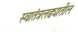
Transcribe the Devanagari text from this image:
स्वातंत्रलढ्यातील